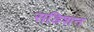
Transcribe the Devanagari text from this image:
सडिशन